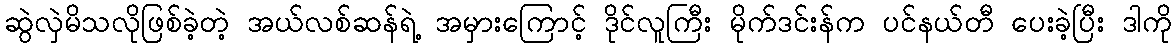
ဆွဲလှဲမိသလိုဖြစ်ခဲ့တဲ့ အယ်လစ်ဆန်ရဲ့ အမှားကြောင့် ဒိုင်လူကြီး မိုက်ဒင်းန်က ပင်နယ်တီ ပေးခဲ့ပြီး ဒါကို